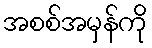
အစစ်အမှန်ကို